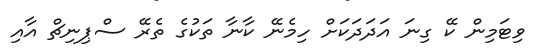
ވިޓަމިން ކޭ ގިނަ އަދަދަކަށް ހިމެނޭ ކާނާ ތަކުގެ ތެރޭ ސްޕިނިޗް އާއި